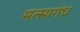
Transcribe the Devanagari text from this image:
मत्स्यगंध